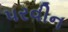
પરવીન